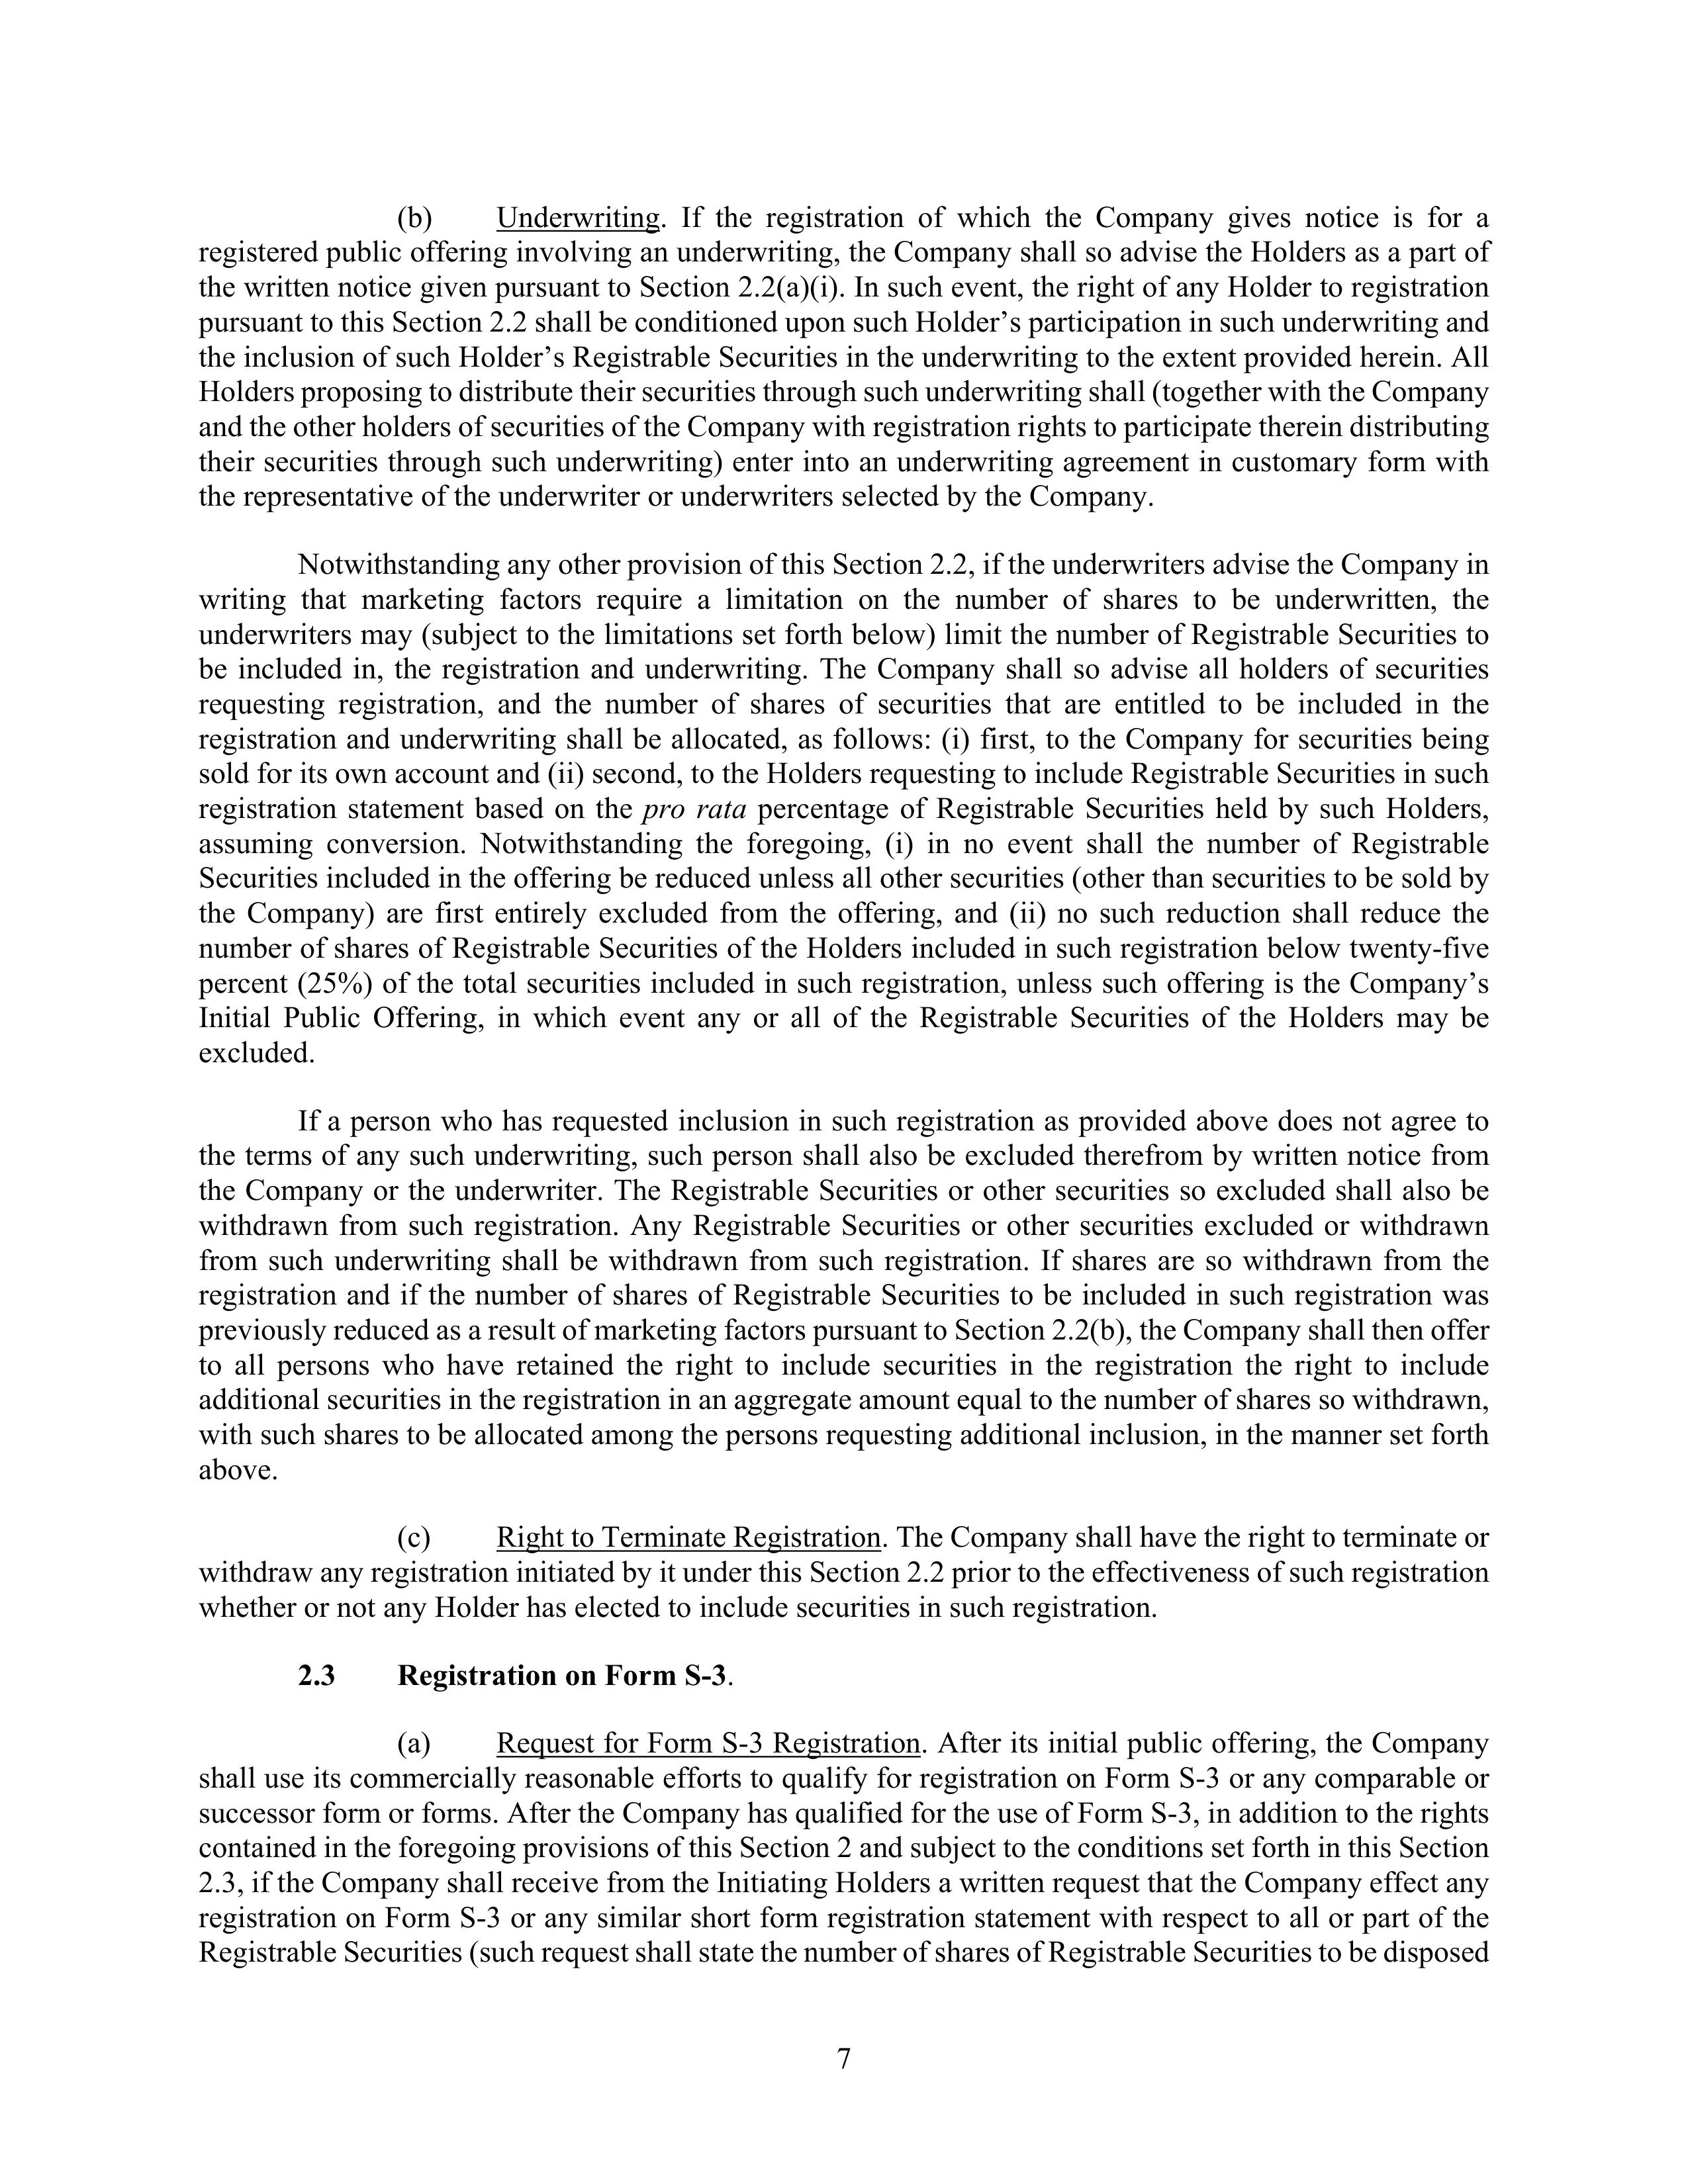
(b)        Underwriting. If the registration of which the Company gives notice is for a
registered public offering involving an underwriting, the Company shall so advise the Holders as a part of
the written notice given pursuant to Section 2.2(a)(i). In such event, the right of any Holder to registration
pursuant to this Section 2.2 shall be conditioned upon such Holder’s participation in such underwriting and
the inclusion of such Holder’s Registrable Securities in the underwriting to the extent provided herein. All
Holders proposing to distribute their securities through such underwriting shall (together with the Company
and the other holders of securities of the Company with registration rights to participate therein distributing
their securities through such underwriting) enter into an underwriting agreement in customary form with
the representative of the underwriter or underwriters selected by the Company.

Notwithstanding any other provision of this Section 2.2, if the underwriters advise the Company in
writing that marketing factors require a limitation on the number of shares to be underwritten, the
underwriters may (subject to the limitations set forth below) limit the number of Registrable Securities to
be included in the registration and underwriting. The Company shall so advise all holders of securities
requesting registration, and the number of shares of securities that are entitled to be included in the
registration and underwriting shall be allocated, as follows: (i) first, to the Company for securities being
sold for its own account and (ii) second, to the Holders requesting to include Registrable Securities in such
registration statement based on the pro rata percentage of Registrable Securities held by such Holders,
assuming conversion. Notwithstanding the foregoing, (i) in no event shall the number of Registrable
Securities included in the offering be reduced unless all other securities (other than securities to be sold by
the Company) are first entirely excluded from the offering, and (ii) no such reduction shall reduce the
number of shares of Registrable Securities of the Holders included in such registration below twenty-five
percent (25%) of the total securities included in such registration, unless such offering is the Company’s
Initial Public Offering, in which event any or all of the Registrable Securities of the Holders may be
excluded.

If a person who has requested inclusion in such registration as provided above does not agree to
the terms of any such underwriting, such person shall also be excluded therefrom by written notice from
the Company or the underwriter. The Registrable Securities or other securities so excluded shall also be
withdrawn from such registration. Any Registrable Securities or other securities excluded or withdrawn
from such underwriting shall be withdrawn from such registration. If shares are so withdrawn from the
registration and if the number of shares of Registrable Securities to be included in such registration was
previously reduced as a result of marketing factors pursuant to Section 2.2(b), the Company shall then offer
to all persons who have retained the right to include securities in the registration the right to include
additional securities in the registration in an aggregate amount equal to the number of shares so withdrawn,
with such shares to be allocated among the persons requesting additional inclusion, in the manner set forth
above.

(c)        Right to Terminate Registration. The Company shall have the right to terminate or
withdraw any registration initiated by it under this Section 2.2 prior to the effectiveness of such registration
whether or not any Holder has elected to include securities in such registration.

2.3        Registration on Form S-3.

(a)        Request for Form S-3 Registration. After its initial public offering, the Company
shall use its commercially reasonable efforts to qualify for registration on Form S-3 or any comparable or
successor form or forms. After the Company has qualified for the use of Form S-3, in addition to the rights
contained in the foregoing provisions of this Section 2 and subject to the conditions set forth in this Section
2.3, if the Company shall receive from the Initiating Holders a written request that the Company effect any
registration on Form S-3 or any similar short form registration statement with respect to all or part of the
Registrable Securities (such request shall state the number of shares of Registrable Securities to be disposed

7